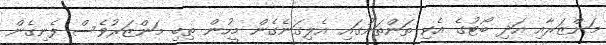
މަންޒަރާއި އަދި ބޯޓުގެ އެކި ތަންތަނުގައި އެލިގަނެގެން މީހުން ތިބި މަންޒަރުވެސް ފެނިގެން